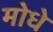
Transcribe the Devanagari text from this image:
मोधे